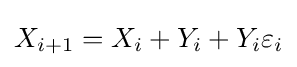
X_{i+1}=X_{i}+Y_{i}+Y_{i}\varepsilon _{i}